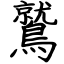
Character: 鷲